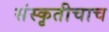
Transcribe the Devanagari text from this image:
संस्कृतीचाच